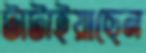
টাটাইয়াছেন